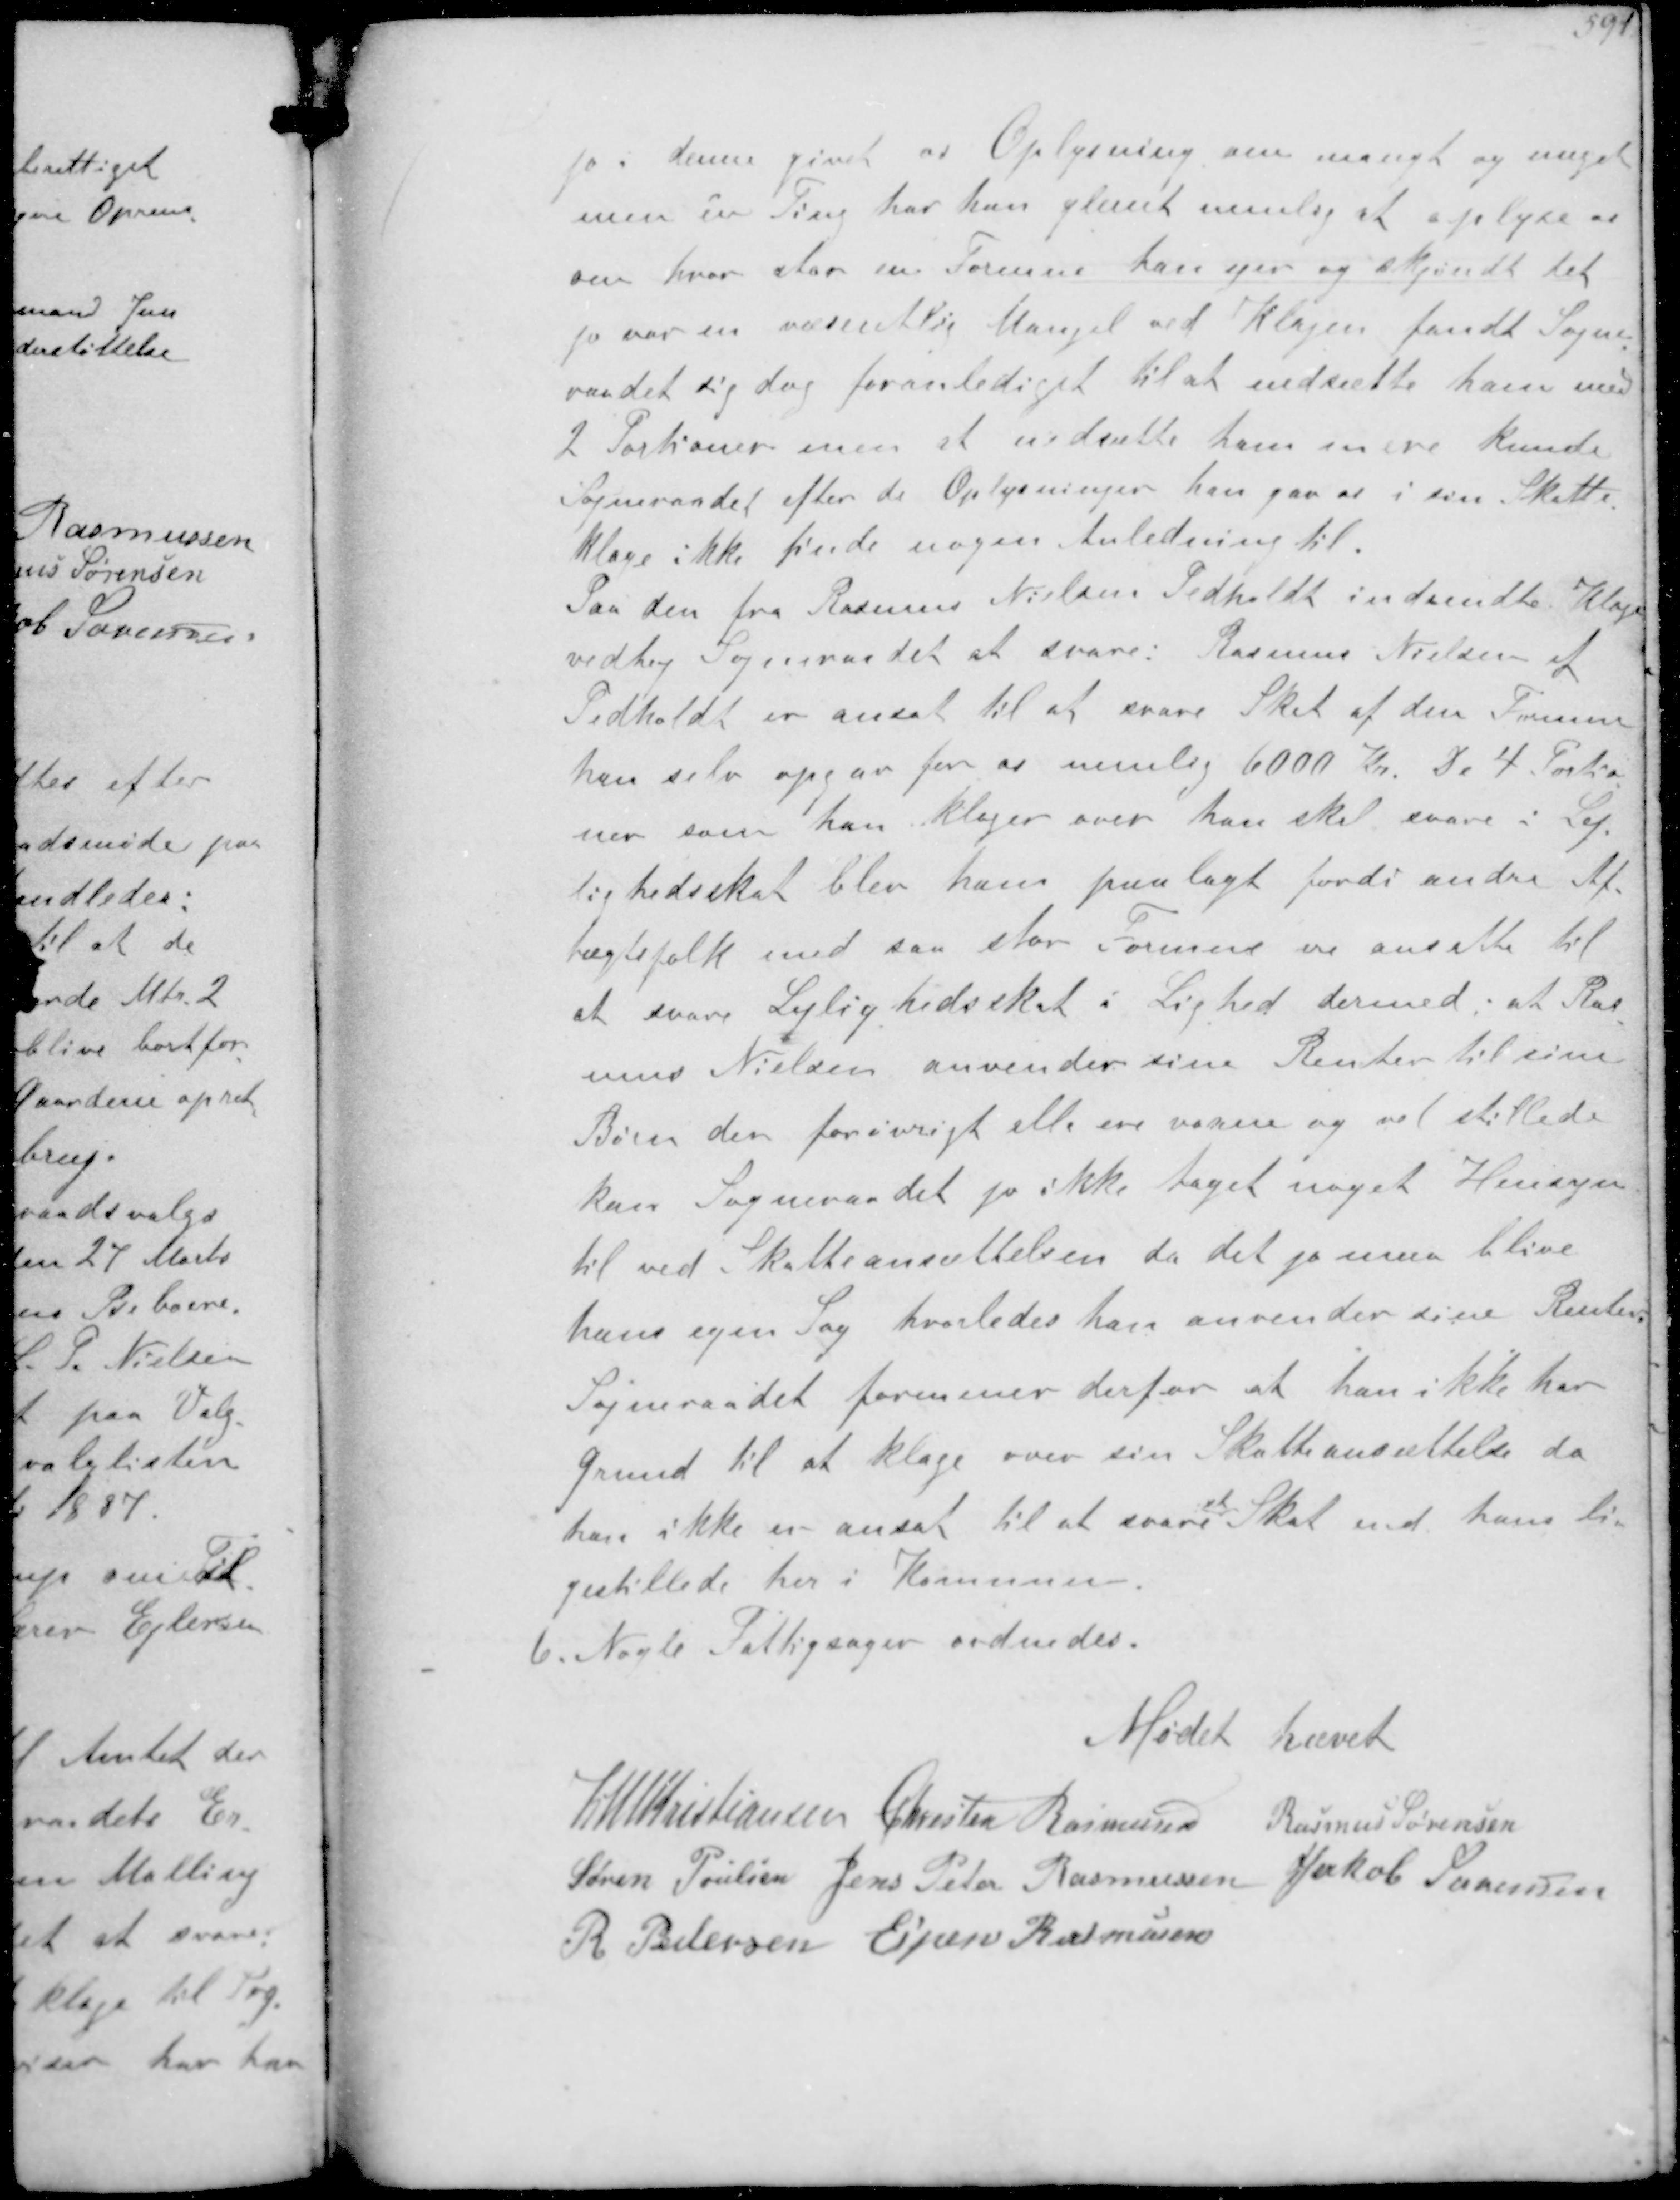
Transskription:
i denne givet en Oplysning om mangt og meget
men en Ting har han glemt nemlig at oplyse at
om hvor stor en Formue han ejer og erkjendt det
jo var en væsentlig Mangel ved Klagen fandt Sogne-
raadet sig dog foranlediget til at nedsætte ham med
2 Portioner men at nedsætte ham mere kunde
Sogneraadet efter de Oplysninger han gav a i sin Skatte-
Klage ikke finde nogen Anledning til
Paa den fra Rasmus Nielsen Pedholdt indsendte Klage
vedtog Sogneraadet at svare: Rasmus Nielsen af
Pedhold er ansat til at svare Skat af den Formue
han selv opgav for a mulig 6000 Kr. De 4 Portio-
ner som han klager over han skal svare i Lej-
lighedsskat blev ham paalagt fordi andre Af-
tægtsfolk med saa stor Formue ere ansatte til
at svare Lejlighedsskat i Lighed dermed, at Ras-
mus Nielsen anvender sine Renter til sine
Børn den forøvrigt alle ere voksne og vel stillede
kan Sogneraadet jo ikke taget noget Hensyn
til ved Skatteansættelsen da det jo maa blive
hans egen Sag hvorledes han anvender sin Renter,
Sogneraadet formener derfor at han ikke har
Grund til at klage over sin Skatteansættelse da
han ikke er ansat til at svare

Skat end hans li-
gestillede her i Kommunen
6. Nogle Fattigsager ordnedes.

Mødet hævet

K N M Kristiansen Chresten Rasmussen Rasmus Sørensen
Søren Poulsen Jens Peter Rasmussen Jakob Sørensen
R Pedersen Espen Rasmussen